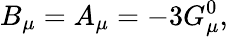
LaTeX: B_{\mu}=A_{\mu}=-3G_{\mu}^{0},